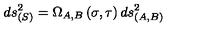
d s _ { ( S ) } ^ { 2 } = \Omega _ { A , B } \left( \sigma , \tau \right) d s _ { ( A , B ) } ^ { 2 }